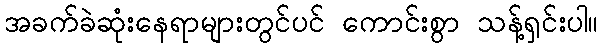
အခက်ခဲဆုံးနေရာများတွင်ပင် ကောင်းစွာ သန့်ရှင်းပါ။